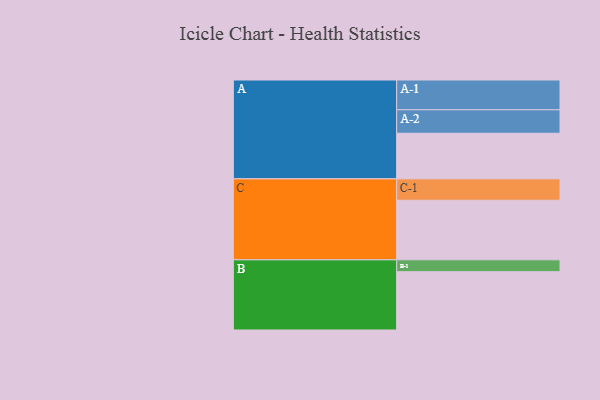
{"axis": {"x": "Segment", "y": "Value"}, "legend": ["", "A", "B", "C"], "data": [{"x": "A", "y": 453, "type": ""}, {"x": "B", "y": 579, "type": ""}, {"x": "C", "y": 592, "type": ""}, {"x": "A-1", "y": 296, "type": "A"}, {"x": "A-2", "y": 233, "type": "A"}, {"x": "B-1", "y": 118, "type": "B"}, {"x": "C-1", "y": 212, "type": "C"}]}